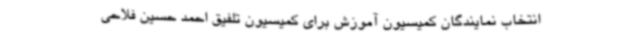
انتخاب نمایندگان کمیسیون آموزش برای کمیسیون تلفیق احمد حسین فلاحی